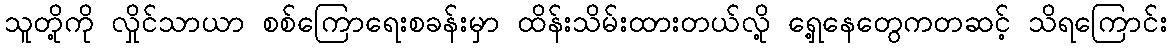
သူတို့ကို လှိုင်သာယာ စစ်ကြောရေးစခန်းမှာ ထိန်းသိမ်းထားတယ်လို့ ရှေ့နေတွေကတဆင့် သိရကြောင်း